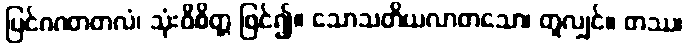
ပြင်ဂဂတတလံ၊ သုံးဝိစိတ္တ ဖြင်၍။ သောသတိယလာတသော၊ တူလျှင်။ တဿ၊